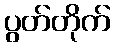
ပွတ်တိုက်